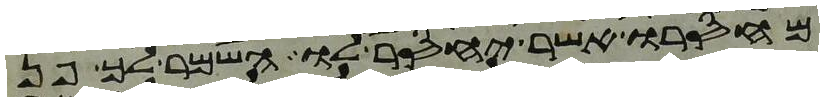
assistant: מחסרו אשר יחסר לו השמר לך פן